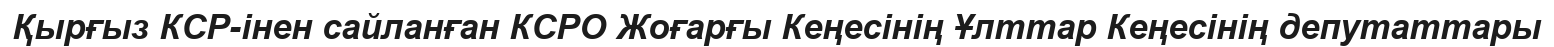
Қырғыз КСР-інен сайланған КСРО Жоғарғы Кеңесінің Ұлттар Кеңесінің депутаттары